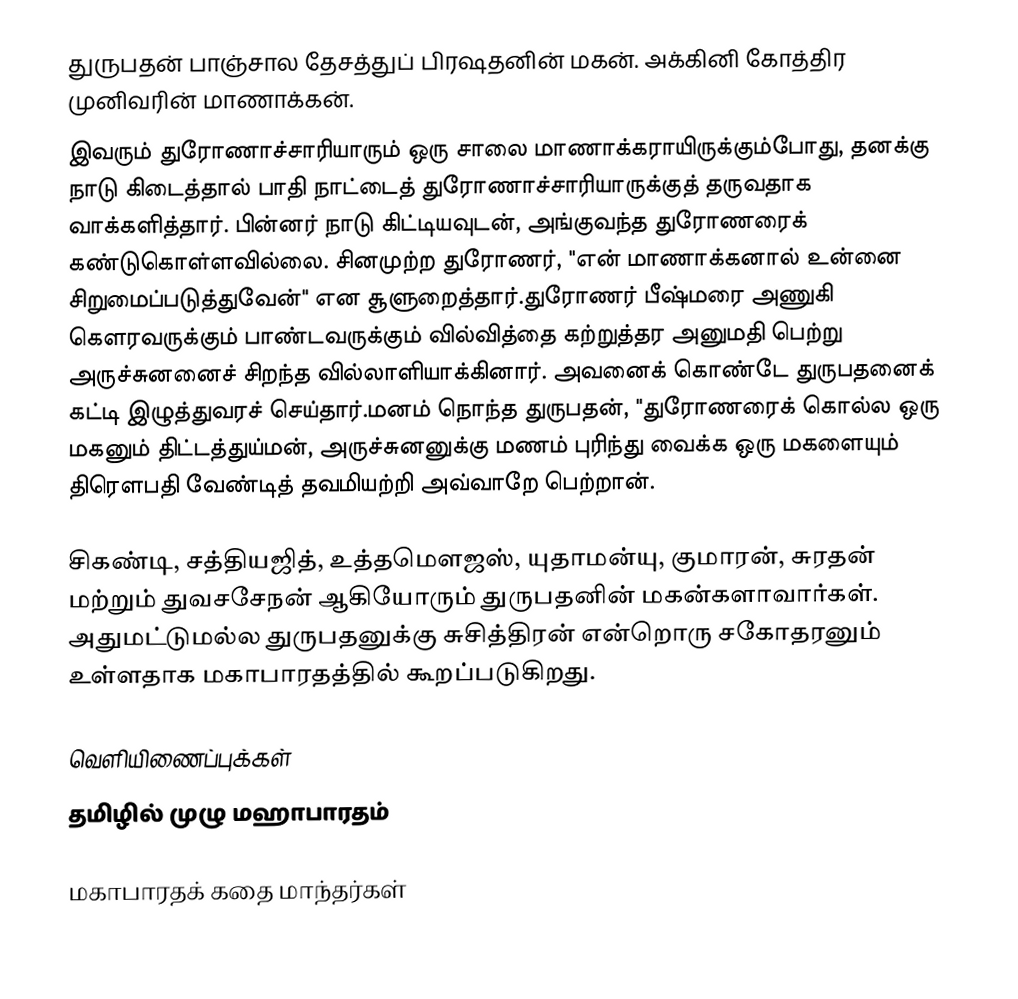
துருபதன் பாஞ்சால தேசத்துப் பிரஷதனின் மகன். அக்கினி கோத்திர முனிவரின் மாணாக்கன்.
இவரும் துரோணாச்சாரியாரும் ஒரு சாலை மாணாக்கராயிருக்கும்போது, தனக்கு நாடு கிடைத்தால் பாதி நாட்டைத் துரோணாச்சாரியாருக்குத் தருவதாக வாக்களித்தார்.  பின்னர் நாடு கிட்டியவுடன், அங்குவந்த துரோணரைக் கண்டுகொள்ளவில்லை. சினமுற்ற துரோணர், "என் மாணாக்கனால் உன்னை சிறுமைப்படுத்துவேன்" என சூளுறைத்தார்.துரோணர் பீஷ்மரை அணுகி   கெளரவருக்கும் பாண்டவருக்கும் வில்வித்தை கற்றுத்தர அனுமதி பெற்று அருச்சுனனைச் சிறந்த வில்லாளியாக்கினார். அவனைக் கொண்டே துருபதனைக் கட்டி இழுத்துவரச் செய்தார்.மனம் நொந்த துருபதன், "துரோணரைக் கொல்ல ஒரு மகனும் திட்டத்துய்மன், அருச்சுனனுக்கு மணம் புரிந்து வைக்க ஒரு மகளையும் திரெளபதி வேண்டித் தவமியற்றி அவ்வாறே பெற்றான்.

சிகண்டி, சத்தியஜித், உத்தமௌஜஸ், யுதாமன்யு, குமாரன், சுரதன் மற்றும் துவசசேநன் ஆகியோரும் துருபதனின் மகன்களாவார்கள். அதுமட்டுமல்ல துருபதனுக்கு சுசித்திரன் என்றொரு சகோதரனும் உள்ளதாக மகாபாரதத்தில் கூறப்படுகிறது.

வெளியிணைப்புக்கள்
 தமிழில் முழு மஹாபாரதம்

மகாபாரதக் கதை மாந்தர்கள்